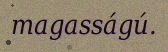
magasságú.